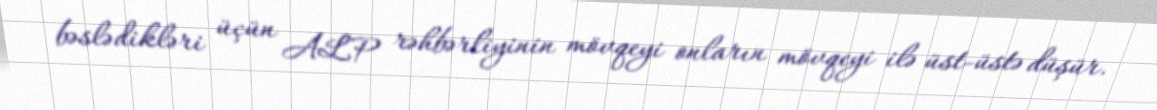
bəslədikləri üçün ALP rəhbərliyinin mövqeyi onların mövqeyi ilə üst-üstə düşür.